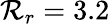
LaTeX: \mathcal{R}_{r}=3.2